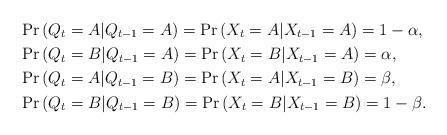
LaTeX: \begin{align*}&\Pr\left(Q_t=A|Q_{t-1}=A\right)= \Pr\left(X_t=A|X_{t-1}=A\right)=1- \alpha,&\\&\Pr\left(Q_t=B|Q_{t-1}=A\right)= \Pr\left(X_t=B|X_{t-1}=A\right)= \alpha,&\\&\Pr\left(Q_t=A|Q_{t-1}=B\right)= \Pr\left(X_t=A|X_{t-1}=B\right)= \beta,&\\&\Pr\left(Q_t=B|Q_{t-1}=B\right)=\Pr\left(X_t=B|X_{t-1}=B\right)= 1- \beta.&\end{align*}